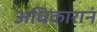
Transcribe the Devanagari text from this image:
अधिकारानं